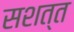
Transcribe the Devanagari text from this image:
सशत्त